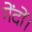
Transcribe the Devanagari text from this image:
गेंदों।